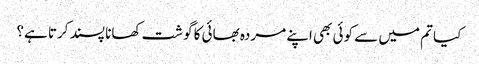
کیا تم میں سے کوئی بھی اپنے مردہ بھائی کا گوشت کھانا پسند کرتا ہے؟